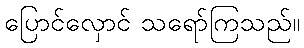
ပြောင်လှောင် သရော်ကြသည်။